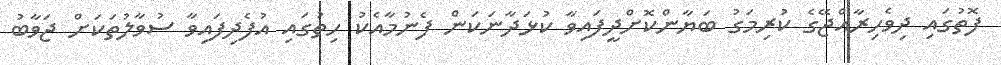
ފޮތުގައި ދިވެހިރާއްޖޭގެ ކުރިމަގު ބަޔާންކޮށްދީފައިވާ ކުޅަދާނަކަން ފެނުމާއެކު ހިތުގައި އުފެދިފައިވާ ސުވާލުތަކަށް ޖަވާބު